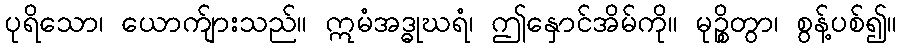
ပုရိသော၊ ယောက်ျားသည်။ ဣမံအဒ္ဓုဃရံ၊ ဤနှောင်အိမ်ကို။ မုဉ္စိတွာ၊ စွန့်ပစ်၍။